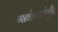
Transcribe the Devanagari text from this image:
गावांपासुंची